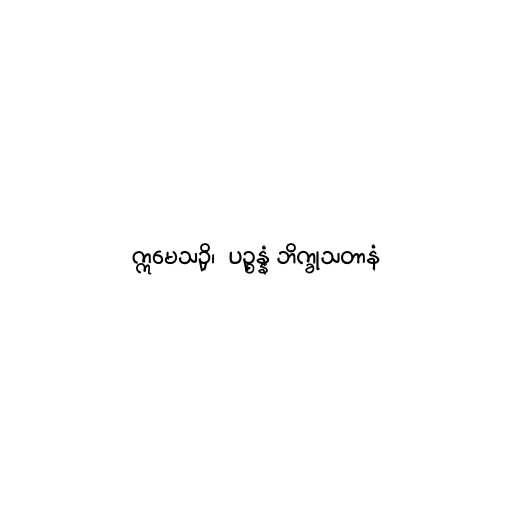
ဣမေသဉှိ၊  ပဉ္စန္နံ ဘိက္ခုသတာနံ